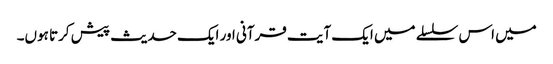
میں اس سلسلے میں ایک آیت قرآنی اور ایک حدیث پیش کرتا ہوں۔